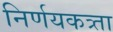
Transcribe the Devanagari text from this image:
निर्णयकत्र्ता